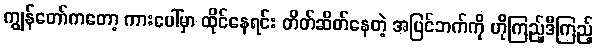
ကျွန်တော်ကတော့ ကားပေါ်မှာ ထိုင်နေရင်း တိတ်ဆိတ်နေတဲ့ အပြင်ဘက်ကို ဟိုကြည့်ဒီကြည့်